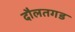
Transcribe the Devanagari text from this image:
दौलतगड